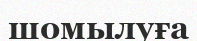
шомылуға